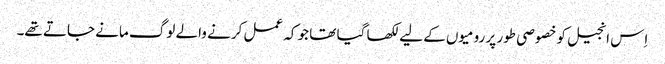
اِس انجیل کو خصوصی طور پر رومیوں کے لیے لکھا گیا تھا جو کہ عمل کرنے والے لوگ مانے جاتے تھے۔